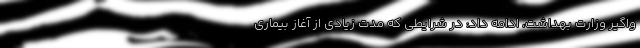
واگیر وزارت بهداشت، ادامه داد: در شرایطی که مدت زیادی از آغاز بیماری